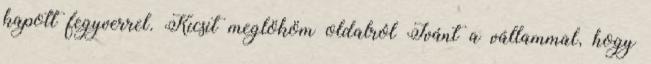
kapott fegyverrel. Kicsit meglököm oldalról Ivánt a vállammal, hogy